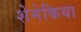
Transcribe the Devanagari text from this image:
शेमेकिया